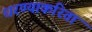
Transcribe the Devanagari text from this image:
धरण्याकरिता